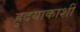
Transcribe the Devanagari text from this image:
ह्रुदयाकाशीं